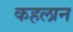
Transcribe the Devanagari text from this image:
कहलान